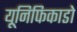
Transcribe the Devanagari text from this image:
यूनिफिकाडो